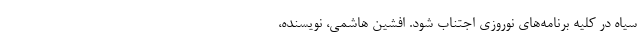
سیاه در کلیه برنامه‌های نوروزی اجتناب شود. افشین هاشمی، نویسنده،